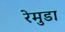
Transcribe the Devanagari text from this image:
रेमुडा